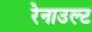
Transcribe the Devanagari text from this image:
रेनाउल्ट